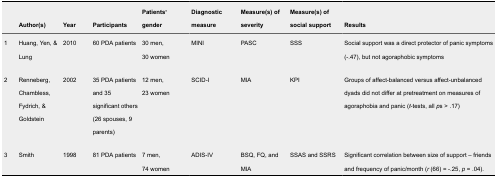
|  | Author(s) | Year | Participants | Patients’ gender | Diagnostic measure | Measure(s) of severity | Measure(s) of social support | Results |
 | --- | --- | --- | --- | --- | --- | --- | --- | --- |
 | 1 | Huang, Yen, & Lung | 2010 | 60 PDA patients | 30 men, 30 women | MINI | PASC | SSS | Social support was a direct protector of panic symptoms (-.47), but not agoraphobic symptoms |
 | 2 | Renneberg, Chambless, Fydrich, & Goldstein | 2002 | 35 PDA patients and 35 significant others (26 spouses, 9 parents) | 12 men, 23 women | SCID-I | MIA | KPI | Groups of affect-balanced versus affect-unbalanced dyads did not differ at pretreatment on measures of agoraphobia and panic (t-tests, all ps > .17) |
 | 3 | Smith | 1998 | 81 PDA patients | 7 men, 74 women | ADIS-IV | BSQ, FQ, and MIA | SSAS and SSRS | Significant correlation between size of support – friends and frequency of panic/month (r (66) = -.25, p = .04). |